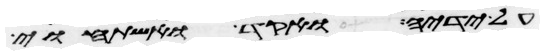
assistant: על ידיה ואקד ואשתחוי